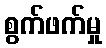
စွက်ဖက်မှု